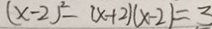
( x - 2 ) ^ { 2 } - ( x + 2 ) ( x - 2 ) = 3